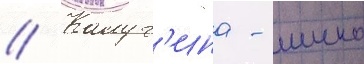
// Калуг'ина - шико